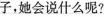
子，她会说什么呢？